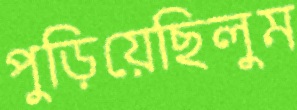
পুড়িয়েছিলুম